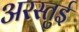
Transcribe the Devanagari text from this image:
अरस्तुई